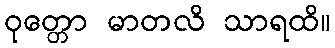
ဝုတ္တော မာတလိ သာရထိ။